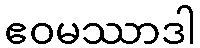
ဧဝမဿာဒါ